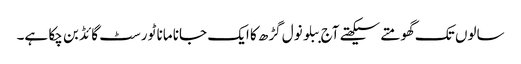
سالوں تک گھومتے سیکھتے آج ببلو نول گڑھ کا ایک جانا مانا ٹورسٹ گائڈ بن چکا ہے۔